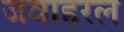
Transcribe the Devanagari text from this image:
जवाहरल